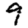
Digit: 9